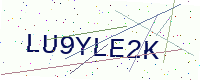
Text: LU9YLE2K